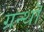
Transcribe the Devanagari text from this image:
ग्रन्थॊ